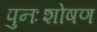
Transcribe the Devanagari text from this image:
पुनःशोषण